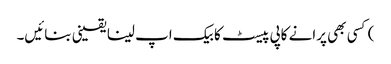
) کسی بھی پرانے کاپی پیسٹ کا بیک اپ لینا یقینی بنائیں۔